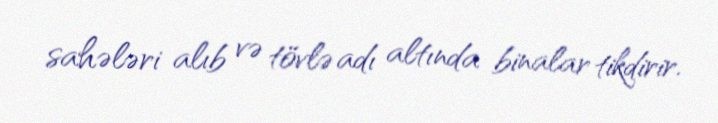
sahələri alıb və tövlə adı altında binalar tikdirir.